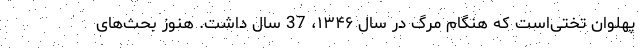
پهلوان تختی‌است که هنگام مرگ در سال ۱۳۴۶، 37 سال داشت. هنوز بحث‌های